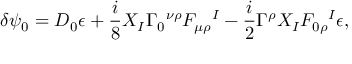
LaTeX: \delta \psi _ { 0 } = D _ { 0 } \epsilon + { \frac { i } { 8 } } X _ { I } \Gamma _ { 0 } { } ^ { \nu \rho } F _ { \mu \rho } { } ^ { I } - { \frac { i } { 2 } } \Gamma ^ { \rho } X _ { I } F _ { 0 \rho } { } ^ { I } \epsilon ,